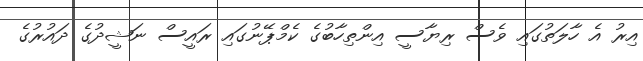
އިރު އެ ހާލަތުގައި ވެސް ރިޔާސީ އިންތިހާބުގެ ކެމްޕޭނުގައި ރައީސް ނަޝީދުގެ ދައުރުގެ